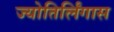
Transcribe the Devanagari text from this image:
ज्योतिर्लिंगास